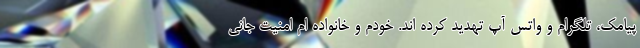
پیامک، تلگرام و واتس آپ تهدید کرده اند. خودم و خانواده ام امنیت جانی